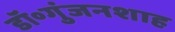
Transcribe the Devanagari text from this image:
डॉ॰गुंजनशाह